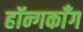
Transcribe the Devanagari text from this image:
हॉन्गकाँग